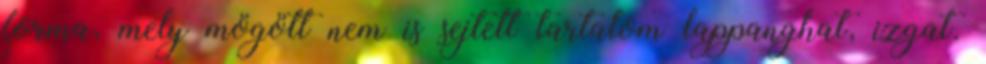
forma, mely mögött nem is sejtett tartalom lappanghat, izgat.